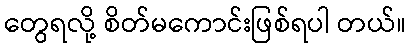
တွေရလို့ စိတ်မကောင်းဖြစ်ရပါ တယ်။